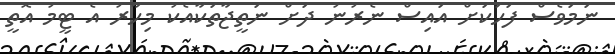
ނަމަވެސް ފަހަކަށް އައިސް ނެރުނު ދަށް ނަތީޖާތަކާއެކު މިހާރު އެ ޓީމު އޮތީ